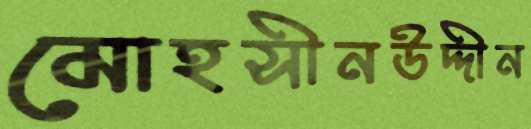
মোহসীনউদ্দীন